Indian journal of veterinary science and animal husbandry - Volume 5,
Year: 1935
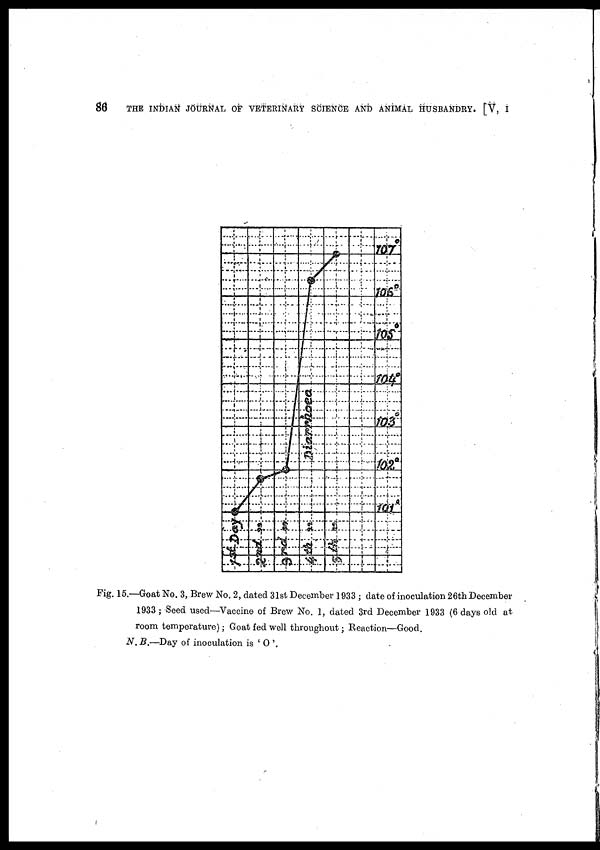
86
THE INDIAN JOURNAL OF VETERINARY SCIENCE AND ANIMAL HUSBANDRY. [V, I
Fig. 15.—Goat No. 3, Brew No. 2, dated 31st December 1933 ; date of inoculation 26th-December
1933 ; Seed used—Vaccine of Brew No. 1, dated 3rd December 1933 (6 days old at
room temperature) ; Goat fed well throughout ; Reaction—Good.
N.B.—Day of inoculation is ' O '.